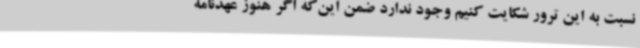
نسبت به این ترور شکایت کنیم وجود ندارد ضمن این‌که اگر هنوز عهدنامه